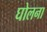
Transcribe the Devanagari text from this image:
घोलना